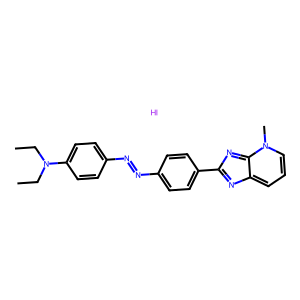
SMILES: CCN(CC)c1ccc(N=Nc2ccc(-c3nc4cccn(C)c-4n3)cc2)cc1.I
Inhibits HIV replication: No